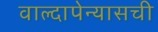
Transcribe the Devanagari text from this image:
वाल्दापेन्यासची